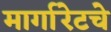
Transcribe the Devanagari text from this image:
मार्गारेटचे